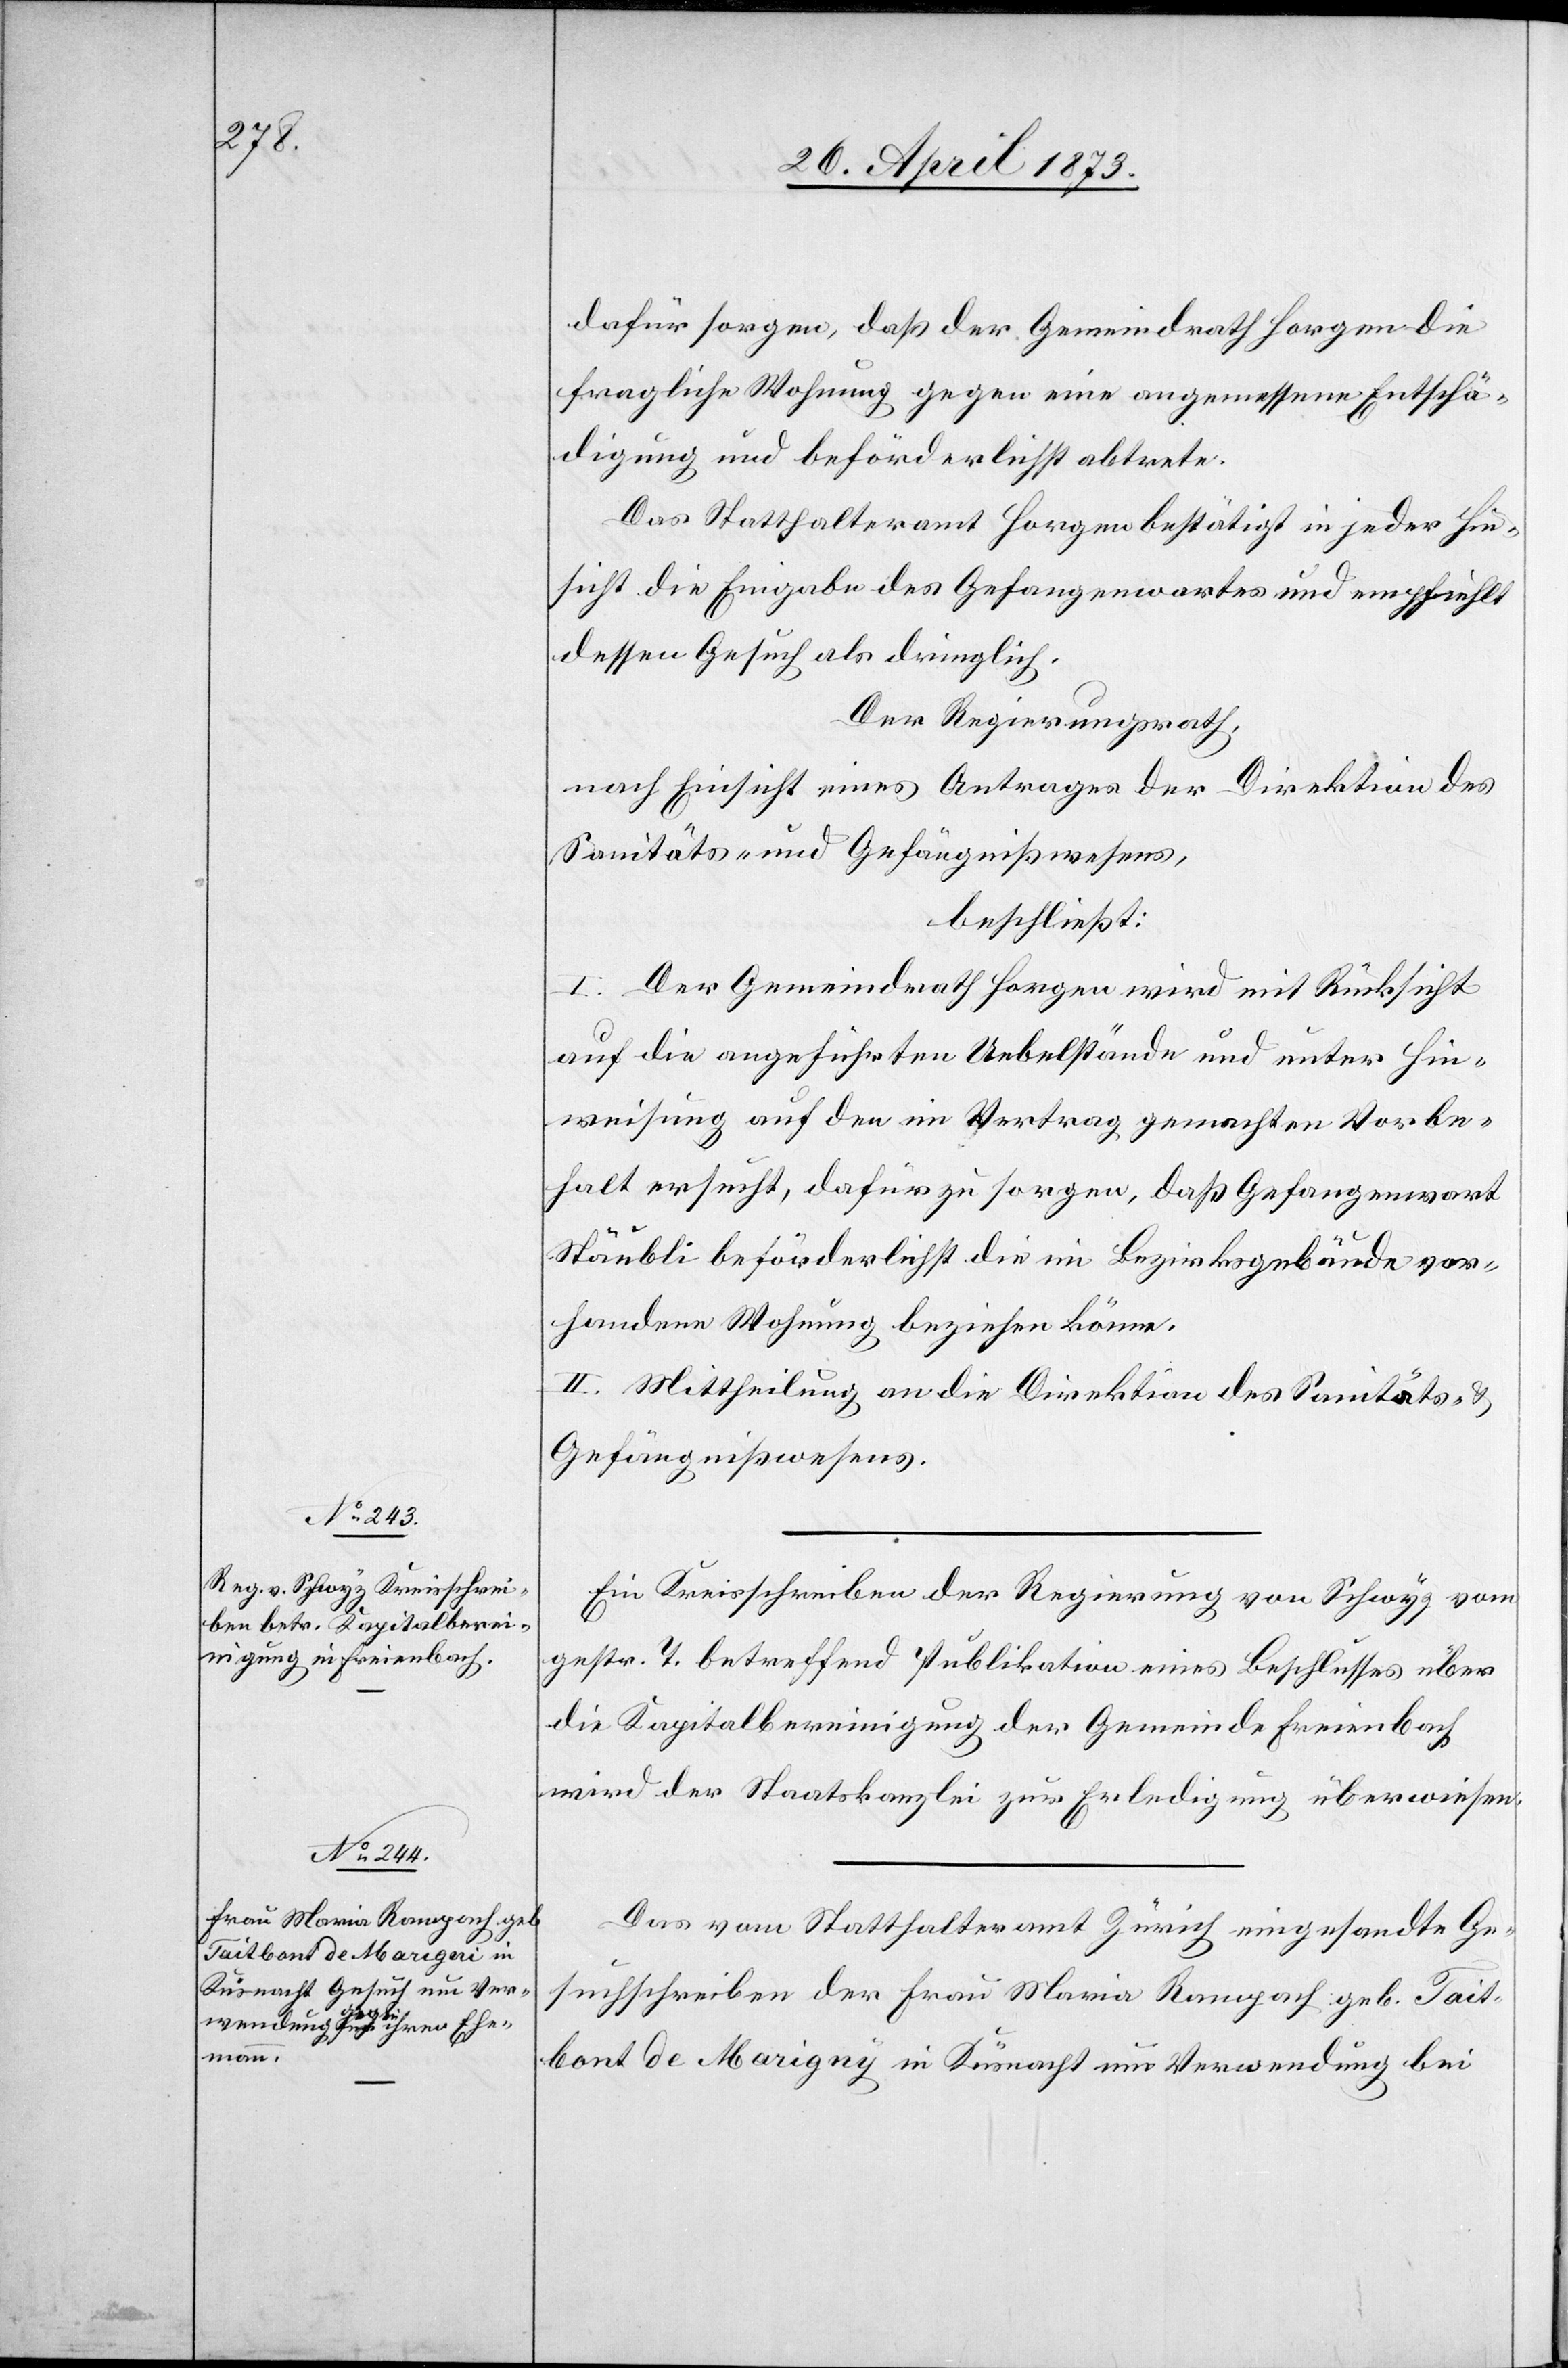
26. April 1873]
dafür sorgen, daß der Gemeindrath Horgen die
fragliche Wohnung gegen eine angemessene Entschä¬
digung und beförderlichst abtrete.
Das Statthalteramt Horgen bestätigt in jeder Hin¬
sicht die Eingabe des Gefangenwartes und empfiehlt
dessen Gesuch als dringlich.
Der Regierungsrath,
nach Einsicht eines Antrages der Direktion des
Sanitäts- und Gefängnißwesens,
beschließt:
I. Der Gemeindrath Horgen wird mit Rücksicht
auf die angeführten Uebelstände und unter Hin¬
weisung auf den im Vertrag gemachten Vorbe¬
halt ersucht, dafür zu sorgen, daß Gefangenwart
Stäubli beförderlichst die im Bezirksgebäude vor¬
handene Wohnung beziehen könne.
II. Mittheilung an die Direktion des Sanitäts- &
Gefängnißwesens.
Ein Kreisschreiben der Regierung von Schwyz vom
gestr. T. betreffend Publikation eines Beschlusses über
die Kapitalbereinigung der Gemeinde Freienbach
wird der Staatskanzlei zur Erledigung überwiesen.
Das vom Statthalteramt Zürich eingesandte Ge¬
suchschreiben der Frau Maria Rampach geb. Tait¬
bont de Marigny in Küsnacht um Verwendung bei